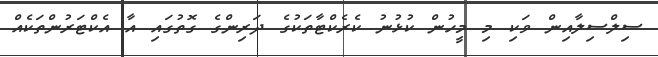
ސިލްސިލާއިން ވަކި މި މީހުން ކުޅުނު ކެރެކްޓާތަކުގެ ދަރިންގެ ގޮތުގައި އާ އެކްޓަރުންތަކެއް